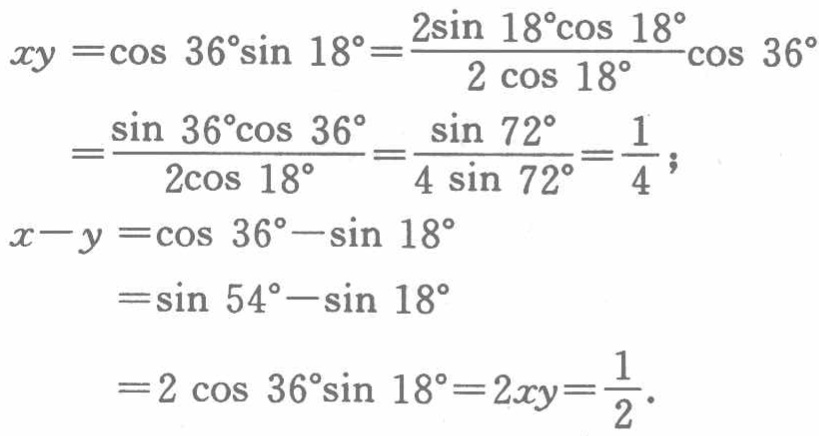
\[

\begin{align*}

xy&=\cos36^{\circ}\sin18^{\circ}=\frac{2\sin18^{\circ}\cos18^{\circ}}{2\cos18^{\circ}}\cos36^{\circ}\\

&=\frac{\sin36^{\circ}\cos36^{\circ}}{2\cos18^{\circ}}=\frac{\sin72^{\circ}}{4\sin72^{\circ}}=\frac{1}{4};\\

x - y&=\cos36^{\circ}-\sin18^{\circ}\\

&=\sin54^{\circ}-\sin18^{\circ}\\

&=2\cos36^{\circ}\sin18^{\circ}=2xy=\frac{1}{2}.

\end{align*}

\]